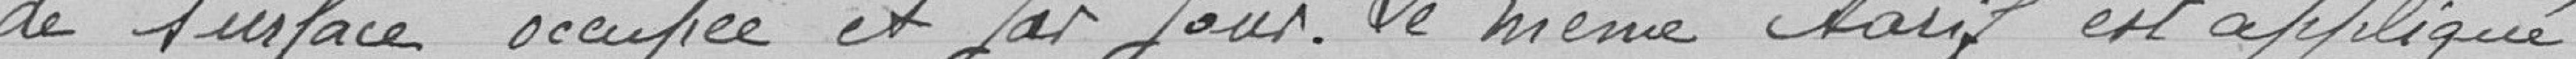
nance du 9 décembre 1814